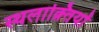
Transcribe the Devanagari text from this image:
स्थलाक्र्तियों